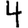
Digit: 4